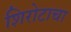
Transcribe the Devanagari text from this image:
शिरोटाचा